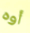
أوه